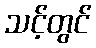
သင့်တွင်